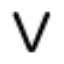
V